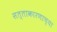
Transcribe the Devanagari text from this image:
सत्ताकारणाच्या